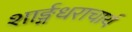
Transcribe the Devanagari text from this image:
शार्ङ्गधराचार्य